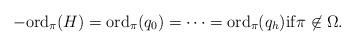
LaTeX: \begin{align*} -\mathrm{ord}_\pi(H) = \mathrm{ord}_\pi(q_0) = \cdots = \mathrm{ord}_\pi(q_h) \mathrm{if}\pi \not \in \Omega. \end{align*}